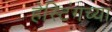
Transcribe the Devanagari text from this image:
हेस्टिंगच्या